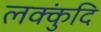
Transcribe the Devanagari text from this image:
लक्कुंदि